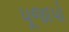
પૂજાપો